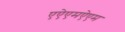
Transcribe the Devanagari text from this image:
एऐएमऐएम